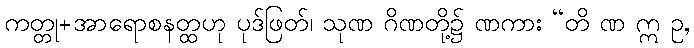
ကတ္တု+အာရောစနတ္ထဟု ပုဒ်ဖြတ်၊ သုဏ ဂိဏတို့၌ ဏကား “တိ ဏ ဣ ဥ,